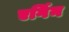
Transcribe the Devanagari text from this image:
एर्गिन